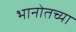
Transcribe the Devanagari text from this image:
भानोतच्या